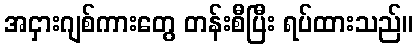
အငှားဂျစ်ကားတွေ တန်းစီပြီး ရပ်ထားသည်။